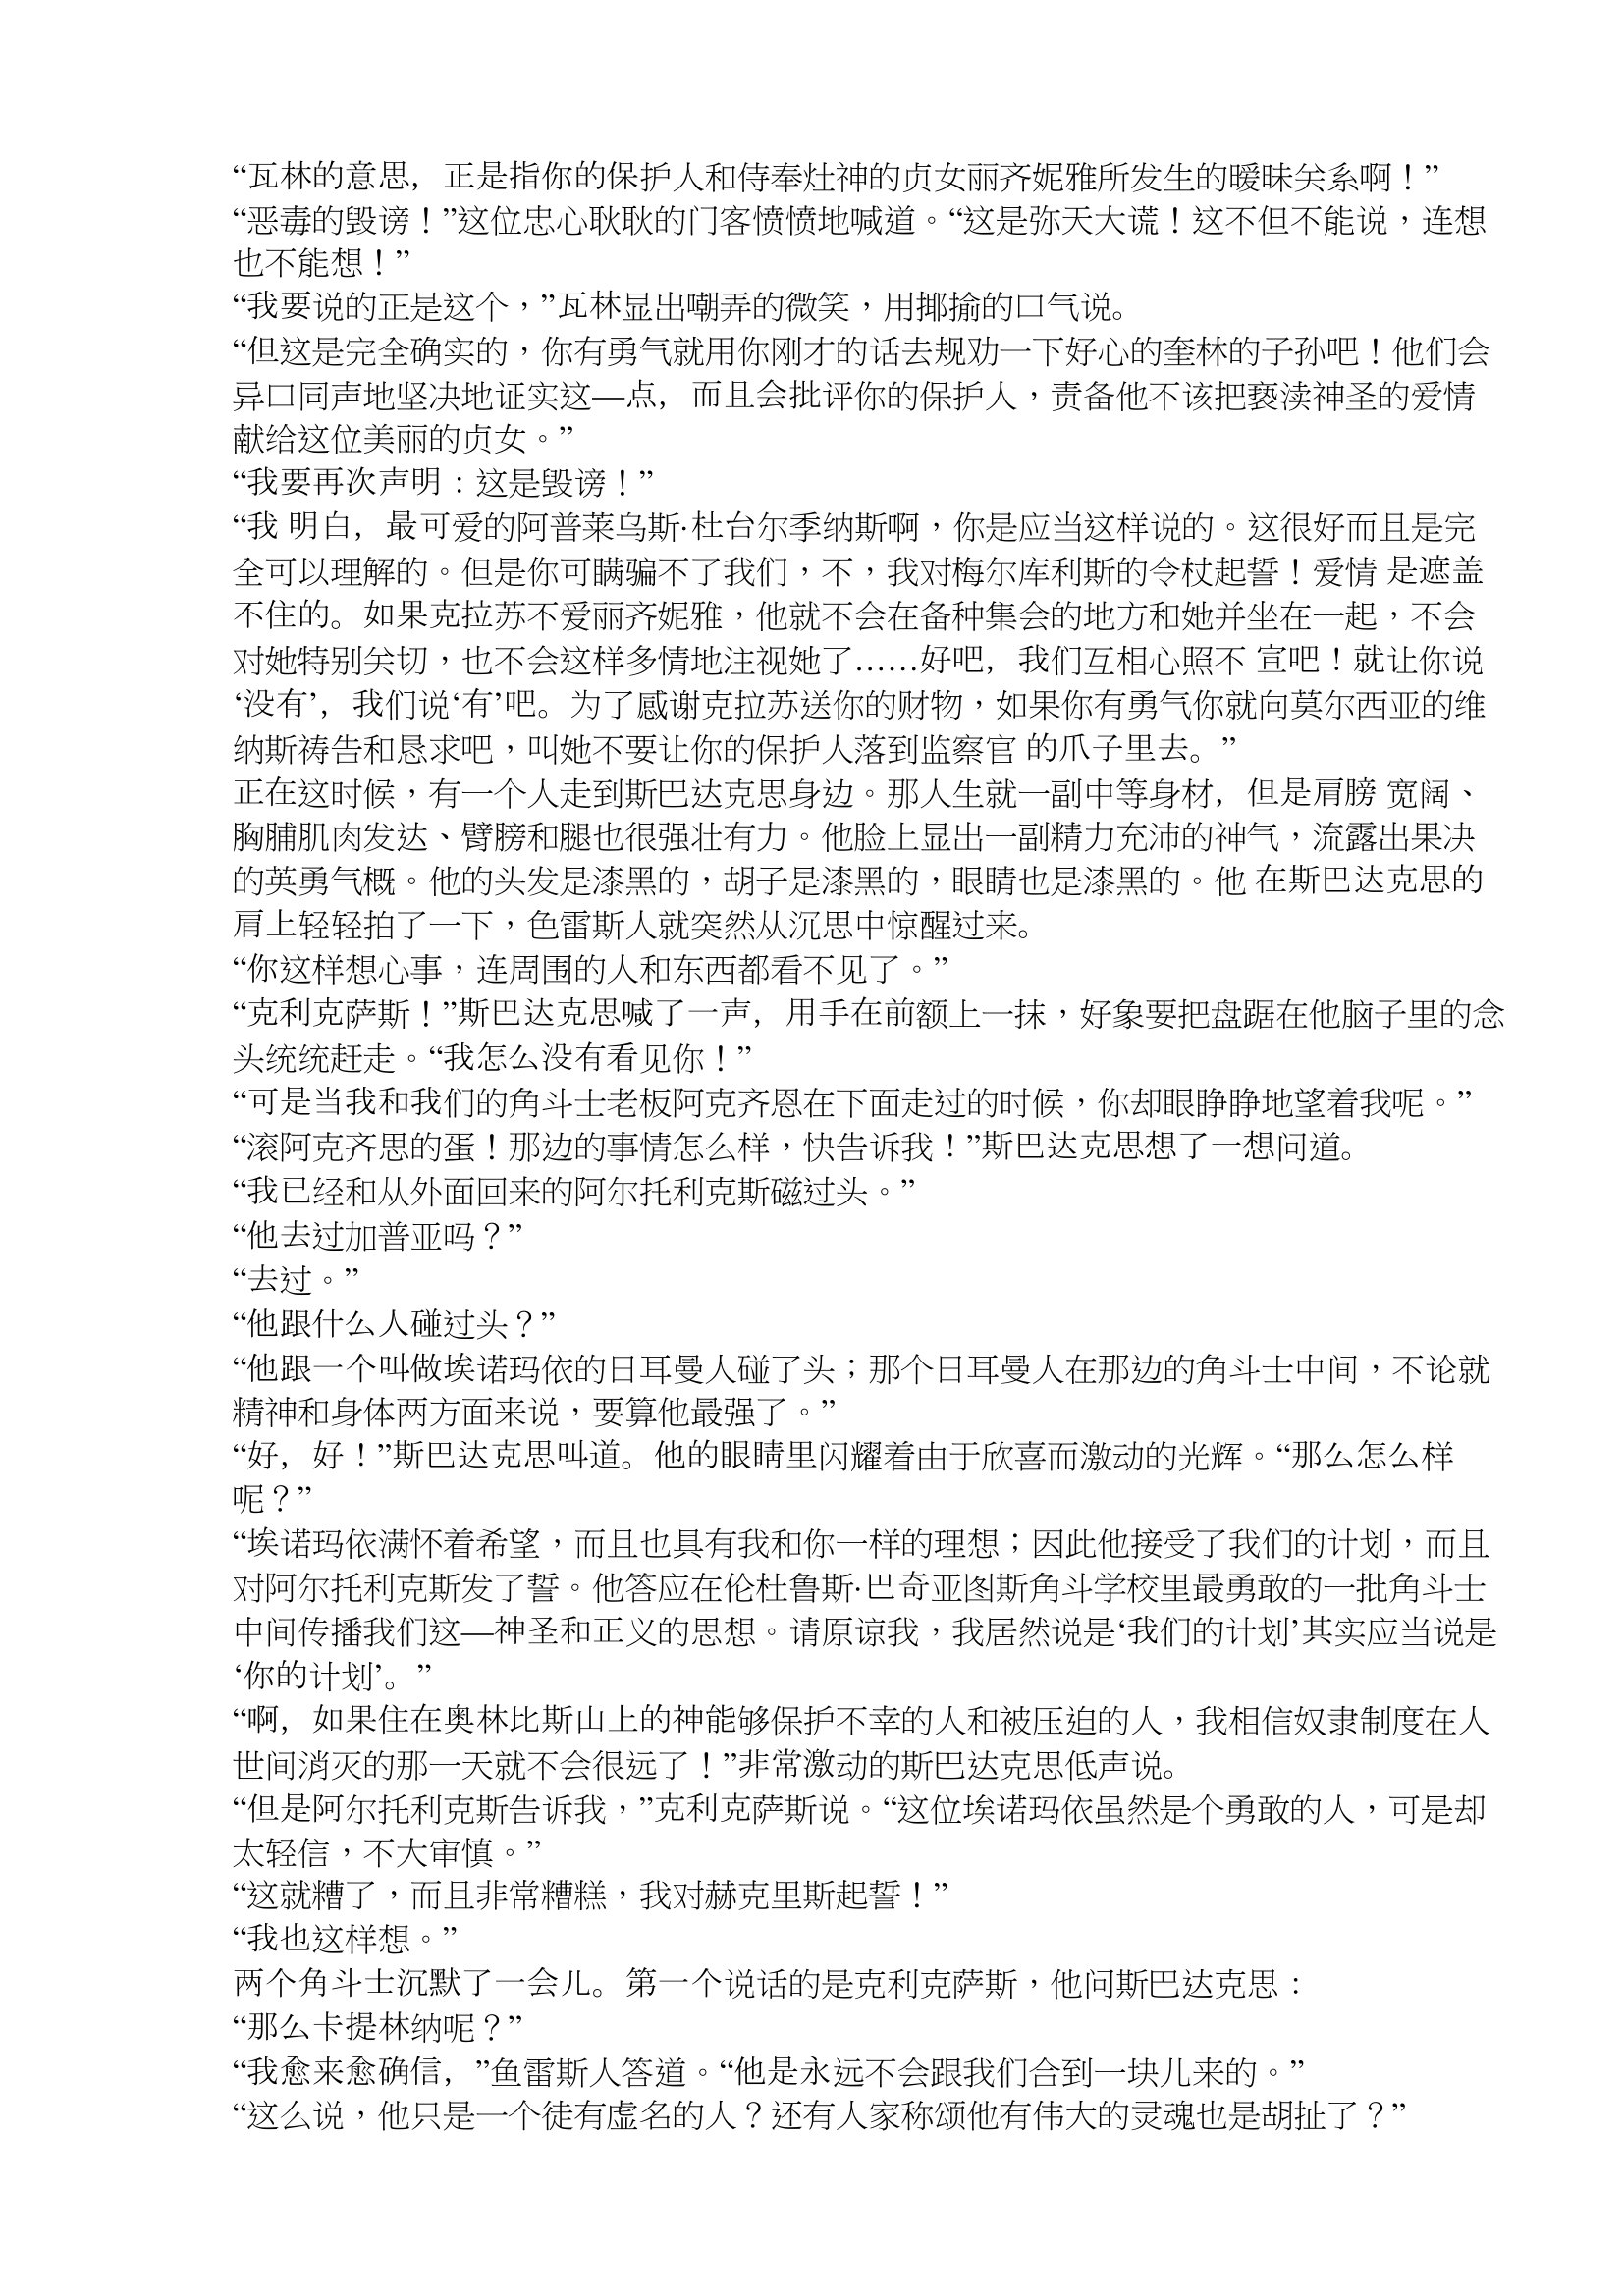
Language: zh